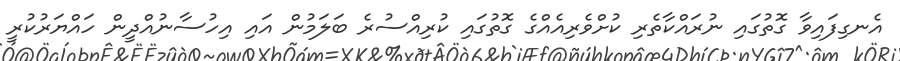
އެނގިފައިވާ ގޮތުގައި ނުރައްކާތެރި ކުށްވެރިއެއްގެ ގޮތުގައި ކުރިއްސުރެ ބަލަމުން އައި އިހުސާނުއްދީން ހައްޔަރުކުރީ